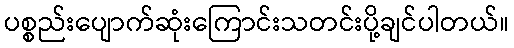
ပစ္စည်းပျောက်ဆုံးကြောင်းသတင်းပို့ချင်ပါတယ်။